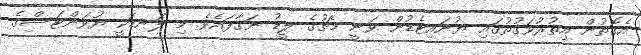
އެގޮތުން އިތުރުވަގުތުގައި ޔުނައިޓެޑުން ވަނީ މެޗުގެ ލީޑު ނަގާފައެވެ. މި ލަނޑަކީ ޔުވަންޓަސްގެ